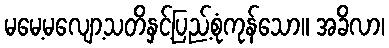
မမေ့မလျော့သတိနှင့်ပြည့်စုံကုန်သော။ အခိလာ၊